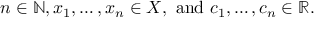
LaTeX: n \in \mathbb { N } , x _ { 1 } , \dots , x _ { n } \in X , { \mathrm { ~ a n d ~ } } c _ { 1 } , \dots , c _ { n } \in \mathbb { R } .